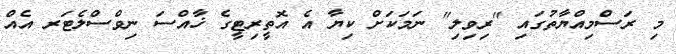
މި ރަސްމިއްޔާތުގައި "ރިވިލި" ނަމަކަށް ކިޔާ އެ އޮތީރިޓީގެ ޚާއްސަ ނިވްސްލެޓަރ އެއް